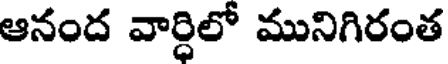
ఆనంద వార్ధిలో మునిగిరంత